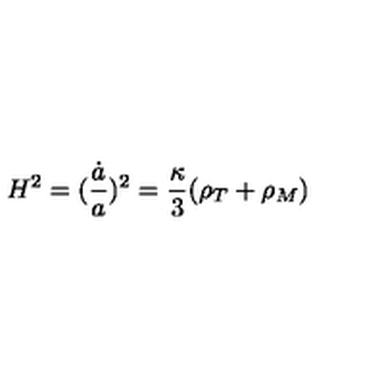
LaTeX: H ^ { 2 } = ( \frac { \dot { a } } { a } ) ^ { 2 } = \frac { \kappa } { 3 } ( \rho _ { T } + \rho _ { M } )